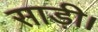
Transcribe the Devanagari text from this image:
साड़ी।